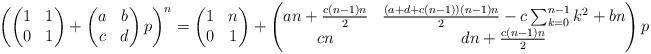
LaTeX: \begin{align*}\left( \begin{pmatrix} 1 & 1 \\ 0 & 1 \end{pmatrix} + \begin{pmatrix} a & b \\ c & d \end{pmatrix} p \right)^n = \begin{pmatrix} 1 & n \\ 0 & 1 \end{pmatrix} + \begin{pmatrix} an + \frac{c(n-1)n}{2} & \frac{(a+d+c(n-1))(n-1)n}{2} - c \sum_{k=0}^{n-1} k^2 + bn \\ cn & dn + \frac{c(n-1)n}{2} \end{pmatrix} p\end{align*}